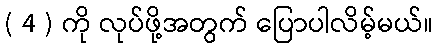
( 4 ) ကို လုပ်ဖို့အတွက် ပြောပါလိမ့်မယ်။